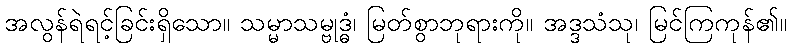
အလွန်ရဲရင့်ခြင်းရှိသော။ သမ္မာသမ္ဗုဒ္ဓံ၊ မြတ်စွာဘုရားကို။ အဒ္ဒသံသု၊ မြင်ကြကုန်၏။